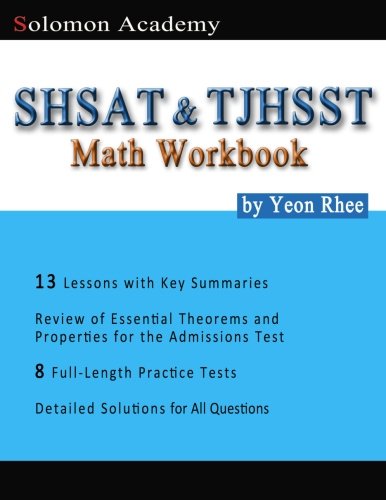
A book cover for Solomon Academy's SHSAT & TJHSST Math Workbook: Thomas Jefferson High School for Science and Technology  & New York City SHSAT Math Workbook; Yeon Rhee; Test Preparation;